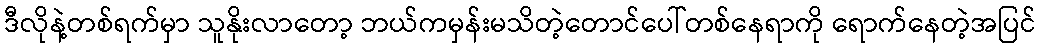
ဒီလိုနဲ့တစ်ရက်မှာ သူနိုးလာတော့ ဘယ်ကမှန်းမသိတဲ့တောင်ပေါ်တစ်နေရာကို ရောက်နေတဲ့အပြင်